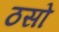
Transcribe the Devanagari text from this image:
ठसो